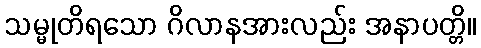
သမ္မုတိရသော ဂိလာနအားလည်း အနာပတ္တိ။